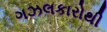
ગઝલકારોથી